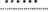
……